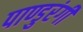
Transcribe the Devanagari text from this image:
पाण्डुरंगी